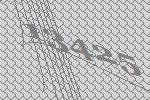
13425